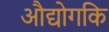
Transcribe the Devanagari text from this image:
औद्योगकि